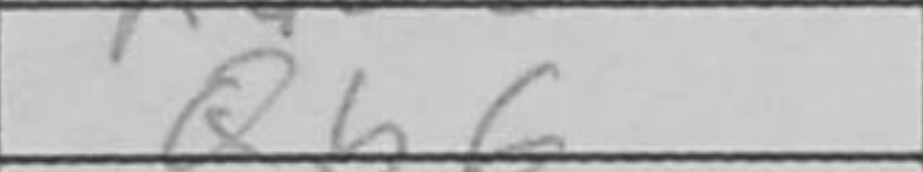
Transcription: Qb6